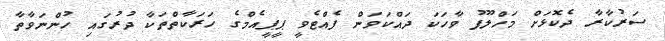
ސަރުކާރާ ދެކޮޅަށް މަހްލޫފު ވާހަކަ ދައްކަވަން ފެއްޓެވީ ޕީޕީއެމްގެ ހަރަކާތްތަކާ ދުރުގައި ހުންނަވާތާ